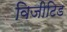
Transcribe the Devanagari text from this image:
विजीटिड